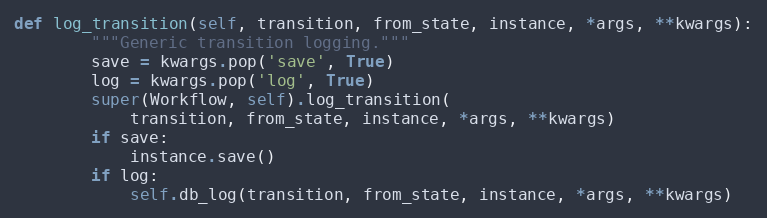
Language: Python
def log_transition(self, transition, from_state, instance, *args, **kwargs):
        """Generic transition logging."""
        save = kwargs.pop('save', True)
        log = kwargs.pop('log', True)
        super(Workflow, self).log_transition(
            transition, from_state, instance, *args, **kwargs)
        if save:
            instance.save()
        if log:
            self.db_log(transition, from_state, instance, *args, **kwargs)